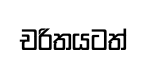
චරිතයටත්